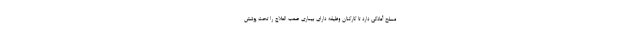
مسلح آمادگی دارد تا کارکنان وظیفه دارای بیماری صعب العلاج را تحت پوشش